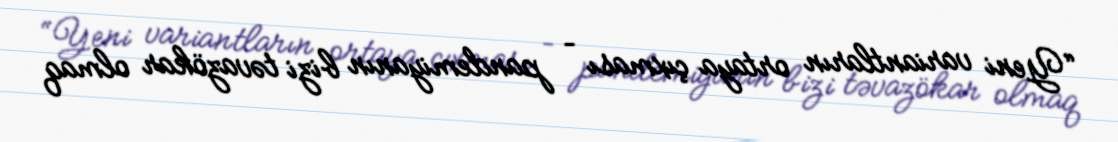
“Yeni variantların ortaya çıxması – pandemiyanın bizi təvazökar olmaq